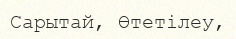
Сарытай, Өтетілеу,